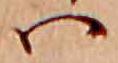
ハ